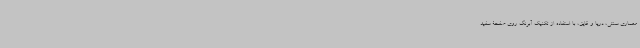
معماری سنتی، دریا و قایق، با استفاده از تکنیک آبرنگ روی صفحۀ سفید